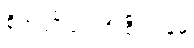
စိုက်ပျိုးရေးဦးစီးဌာနမှ